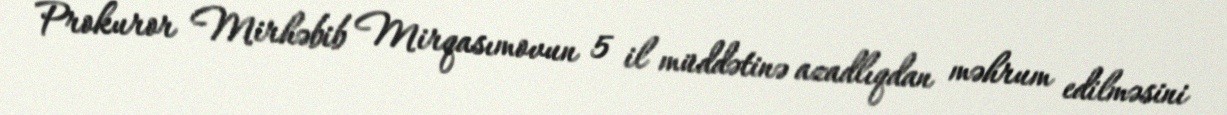
Prokuror Mirhəbib Mirqasımovun 5 il müddətinə azadlıqdan məhrum edilməsini